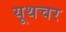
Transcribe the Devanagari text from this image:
यूथचर